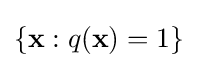
\left\{\mathbf {x} :q(\mathbf {x} )=1\right\}